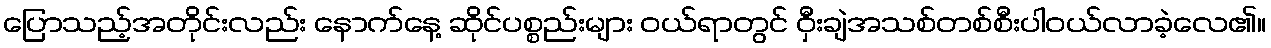
ပြောသည့်အတိုင်းလည်း နောက်နေ့ ဆိုင်ပစ္စည်းများ ဝယ်ရာတွင် ဝှီးချဲအသစ်တစ်စီးပါဝယ်လာခဲ့လေ၏။